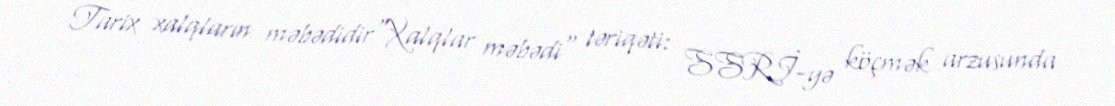
Tarix xalqların məbədidir"Xalqlar məbədi" təriqəti: SSRİ-yə köçmək arzusunda